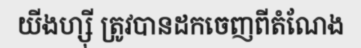
យីងហ្ស៊ី ត្រូវបានដកចេញពីតំណែង